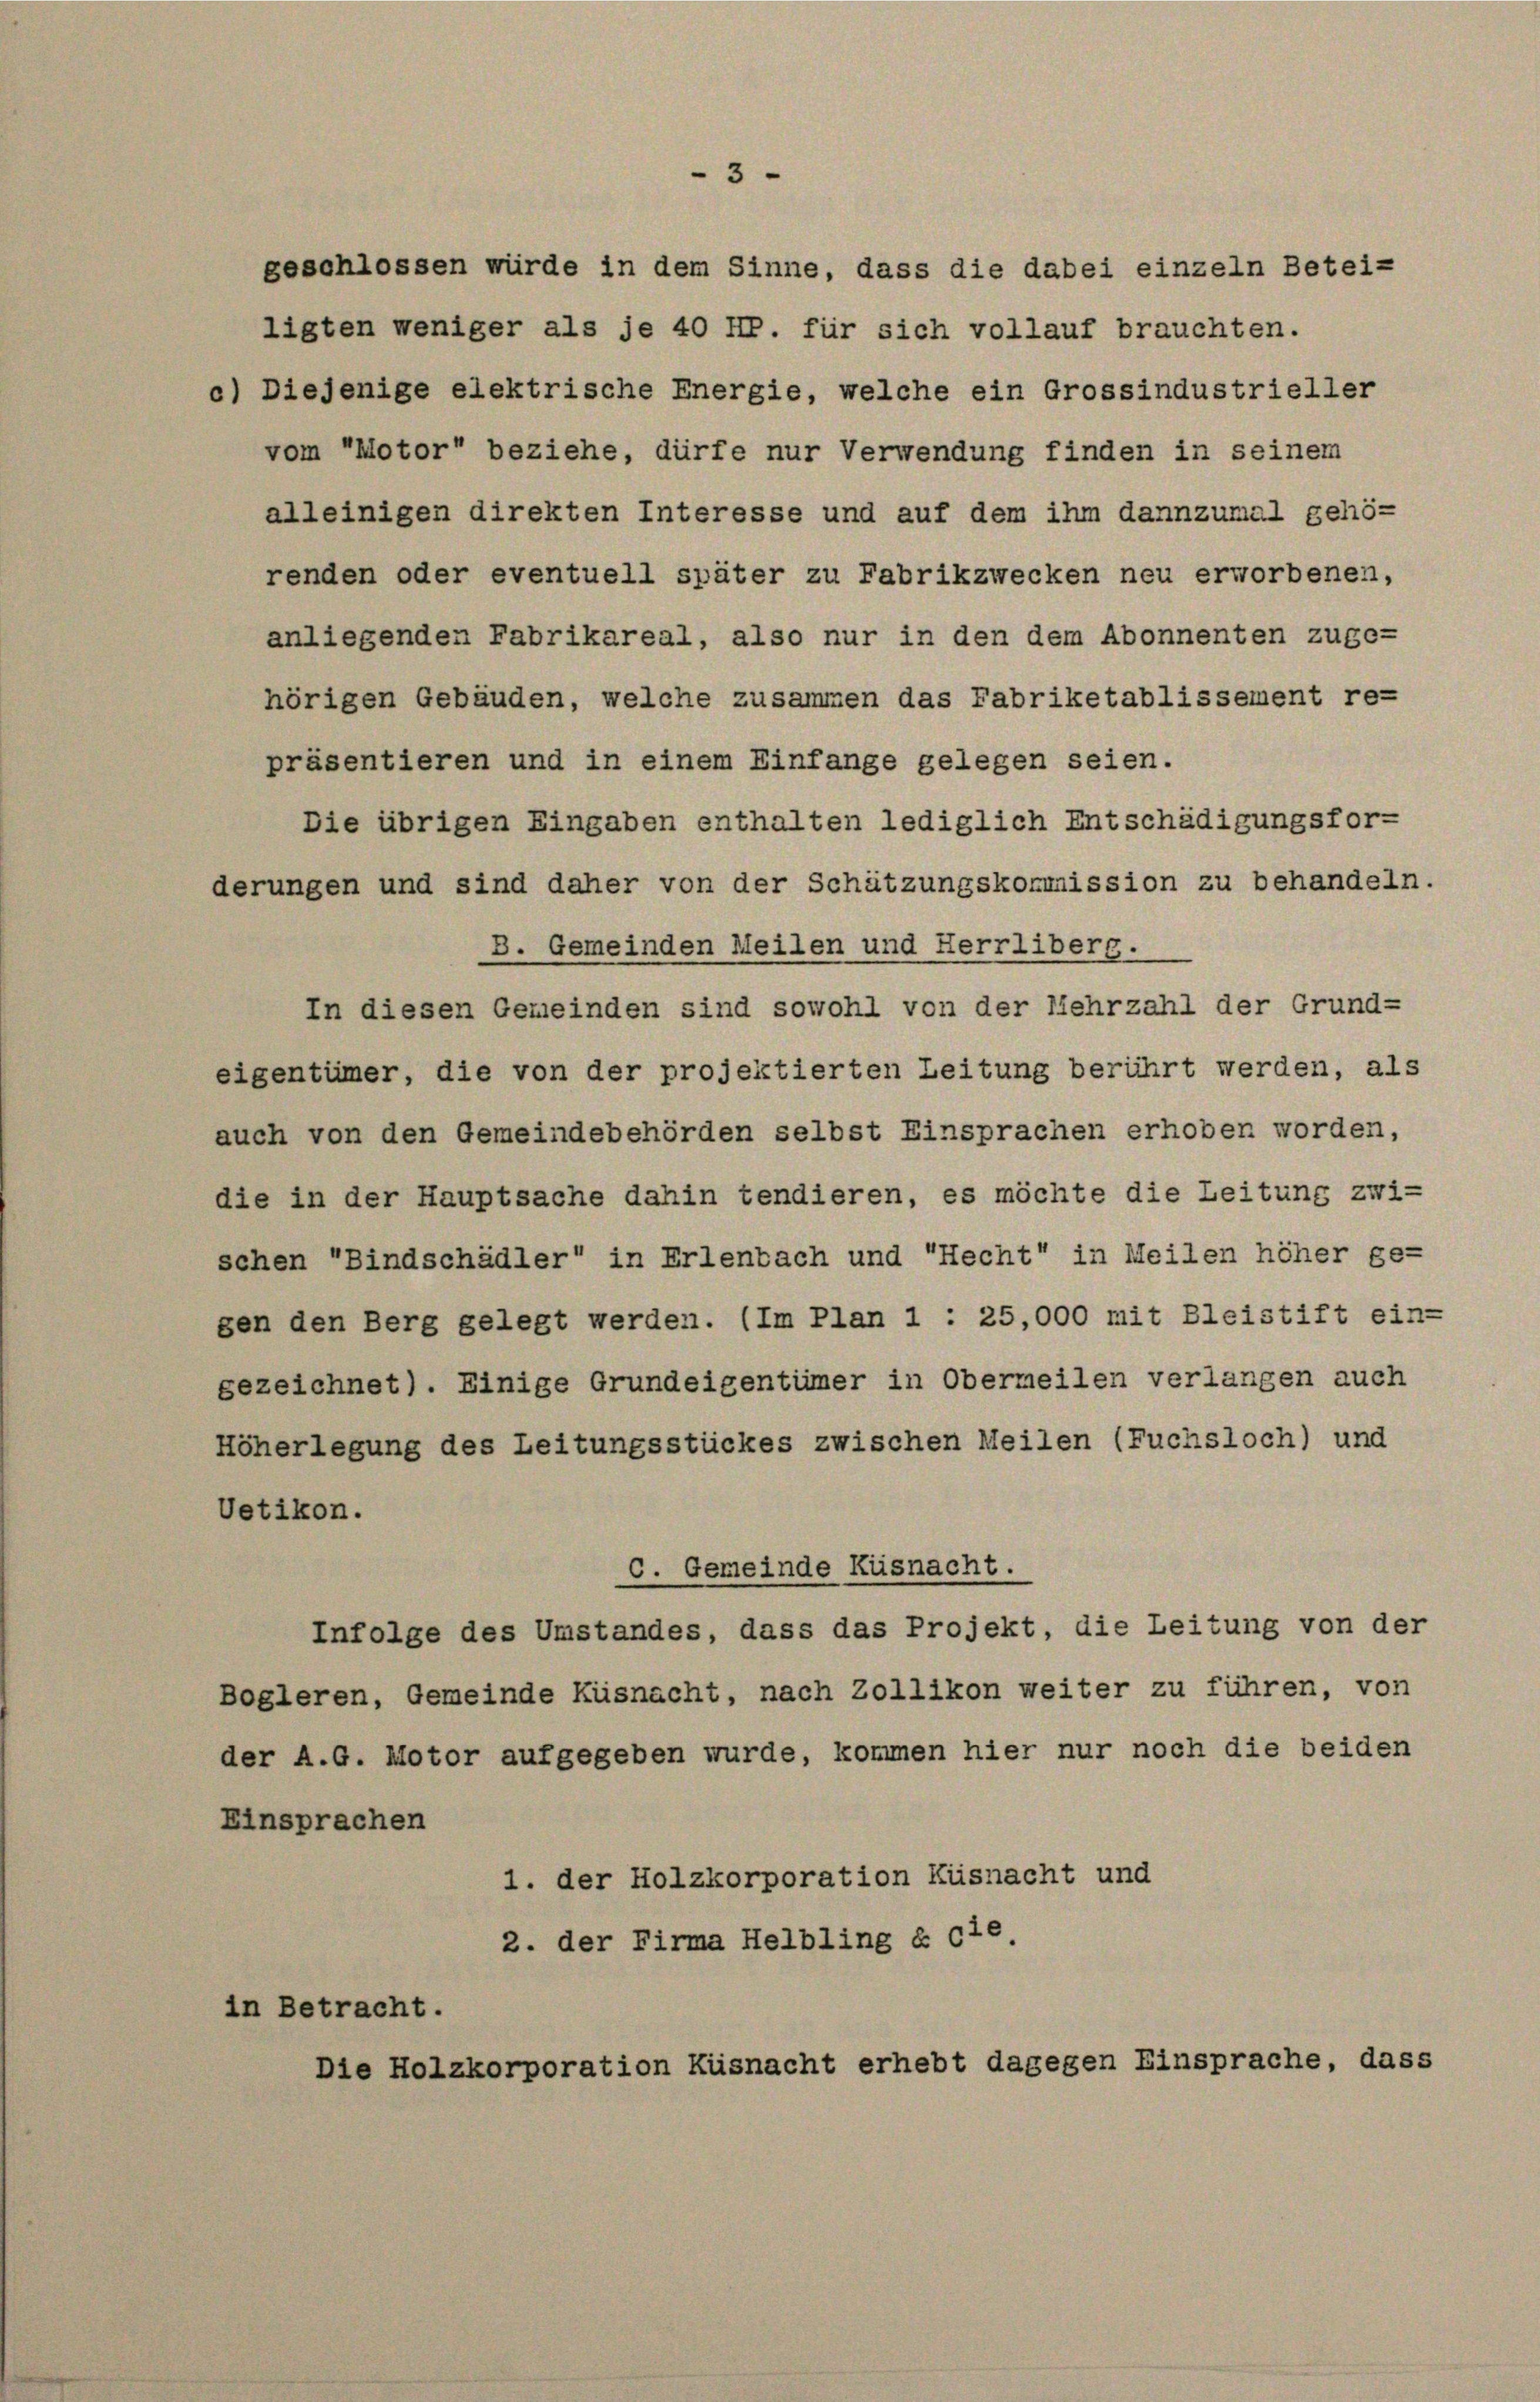
e

geschlossen würde in dem Sinne, dass die dabei einzeln Betei-
ligten weniger als je 40 M. für sich vollauf brauchten.
c) Diejenige elektrische Energie, welche ein Grossindustrieller
vom Motor“ beziehe, dürfe nur Verwendung finden in seinem
alleinigen direkten Interesse und auf dem ihm dannzumal gehö-
renden oder eventuell später zu Fabrikzwecken neu erworbenen,
anliegenden Fabrikareal, also nur in den dem Abonnenten zuge-
hörigen Gebäuden, welche zusammen das Fabriketablissement re-
präsentieren und in einem Einfange gelegen seien.
Die übrigen Eingaben enthalten lediglich Entschädigungsfor-
derungen und sind daher von der Schätzungskommission zu behandeln.
B. Gemeinden Meilen und Herrliberg.
In diesen Gemeinden sind sowohl von der Mehrzahl der Grund-
eigentümer, die von der projektierten Leitung berührt werden, als
auch von den Gemeindebehörden selbst Einsprachen erhoben worden,
die in der Hauptsache dahin tendieren, es möchte die Leitung zwi-
schen Bindschädler“ in Erlenbach und recht“ in Meilen höher ge-
gen den Berg gelegt werden. (Im Plan 1 : 25,000 mit Bleistift ein-
gezeichnet). Einige Grundeigentümer in Obermeilen verlangen auch
Höherlegung des Leitungsstückes zwischen Meilen (Fuchsloch) und
Uetikon.
C. Gemeinde Küsnacht.
Infolge des Umstandes, dass das Projekt, die Leitung von der
Bogleren, Gemeinde Küsnacht, nach Zollikon weiter zu führen, von
der A.G. Motor aufgegeben wurde, kommen hier nur noch die beiden
Einsprachen
1. der Holzkorporation Küsnacht und
2. der Firma Helbling & cie
in Betracht.
le Holzkorporation Küsnacht erhebt dagegen Einsprache, dass